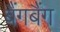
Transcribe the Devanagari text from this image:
बैंगबैंग